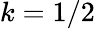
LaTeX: k=1/2